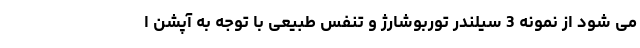
می شود از نمونه 3 سیلندر توربوشارژ و تنفس طبیعی با توجه به آپشن ا